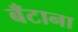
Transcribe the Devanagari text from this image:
बँटाना